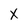
Character: X